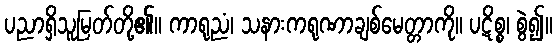
ပညာရှိသူမြတ်တို့၏။ ကာရုညံ၊ သနားကရုဏာချစ်မေတ္တာကို။ ပဋိစ္စ၊ စွဲ၍။